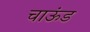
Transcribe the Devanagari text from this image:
चाऊंड